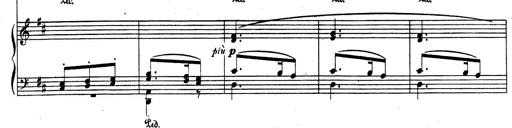
Title: Rhapsodie espagnole
Composer: Franz Liszt